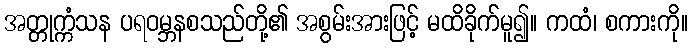
အတ္တုက္ကံသန ပရဝမ္ဘနစသည်တို့၏ အစွမ်းအားဖြင့် မထိခိုက်မူ၍။ ကထံ၊ စကားကို။